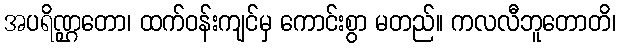
အပရိဏ္ဌတော၊ ထက်ဝန်းကျင်မှ ကောင်းစွာ မတည်။ ကလလီဘူတောတိ၊